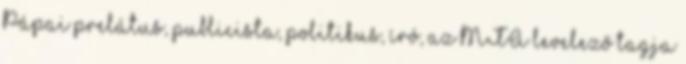
Pápai prelátus, publicista, politikus, író, az MTA levelező tagja